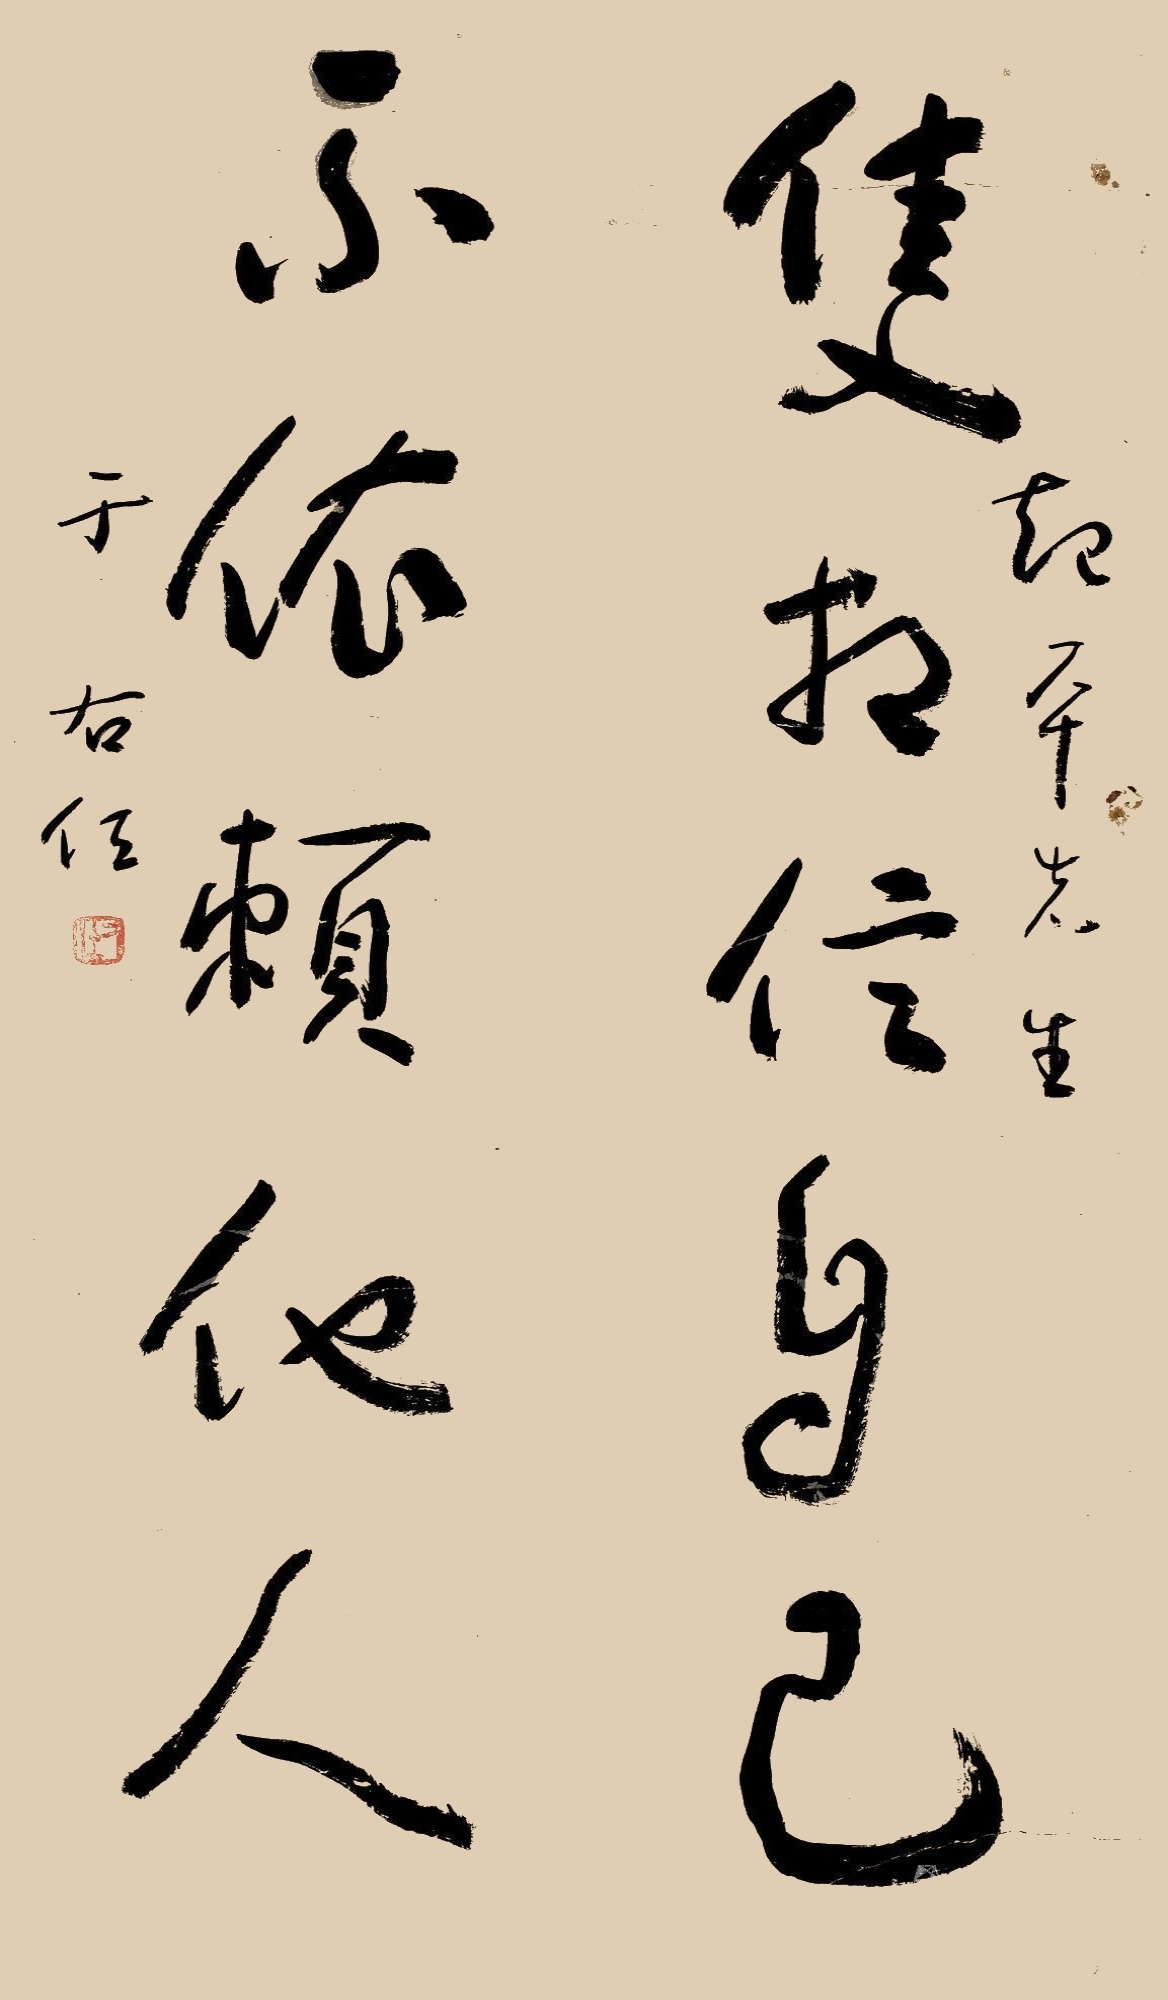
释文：只相信自己，不依赖他人。于右任、南平先生。